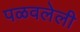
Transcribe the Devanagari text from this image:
पळवलेली